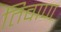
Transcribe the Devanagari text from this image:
तिवाण